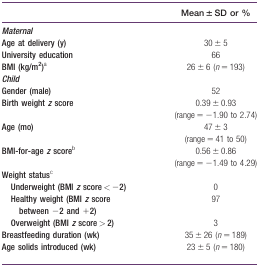
|  | Mean ± SD or % |
 | --- | --- |
 | Maternal |  |
 | Age at delivery (y) | 30 ± 5 |
 | University education | 66 |
 | BMI (kg/m2)a | 26 ± 6 (n = 193) |
 | Child |  |
 | Gender (male) | 52 |
 | Birth weight z score | 0.39 ± 0.93 (range = −1.90 to 2.74) |
 | Age (mo) | 47 ± 3 (range = 41 to 50) |
 | BMI‐for‐age z scoreb | 0.56 ± 0.86 (range = −1.49 to 4.29) |
 | Weight statusc |  |
 | Underweight (BMI z score < −2) | 0 |
 | Healthy weight (BMI z score between −2 and +2) | 97 |
 | Overweight (BMI z score > 2) | 3 |
 | Breastfeeding duration (wk) | 35 ± 26 (n = 189) |
 | Age solids introduced (wk) | 23 ± 5 (n = 180) |